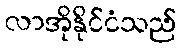
လာအိုနိုင်ငံသည်